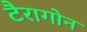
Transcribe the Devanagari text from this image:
टैरागोन